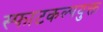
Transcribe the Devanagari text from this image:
स्फाटकल्पयुक्त